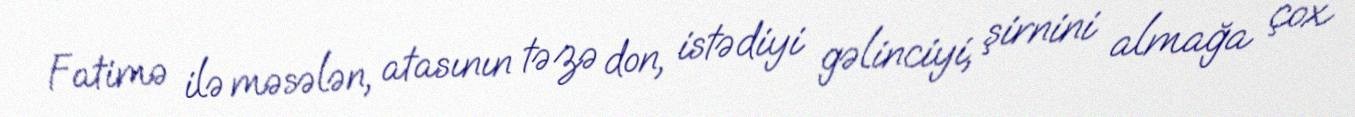
Fatimə ilə məsələn, atasının təzə don, istədiyi gəlinciyi, şirnini almağa çox